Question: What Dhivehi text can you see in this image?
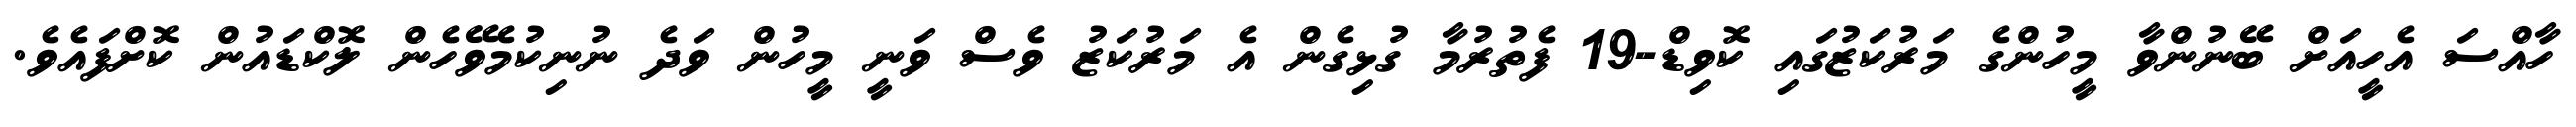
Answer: ހާއްސަ އެހީއަށް ބޭނުންވާ މީހުންގެ މަރުކަޒުގައި ކޮވިޑް-19 ފެތުރުމާ ގުޅިގެން އެ މަރުކަޒު ވެސް ވަނީ މީހުން ވަދެ ނުނިކުމެވޭހެން ލޮކްޑައުން ކޮށްފައެވެ.